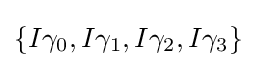
\{I\gamma _{0},I\gamma _{1},I\gamma _{2},I\gamma _{3}\}